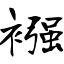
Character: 襁